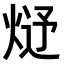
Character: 𤊂